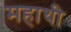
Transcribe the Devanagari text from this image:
महाथी